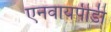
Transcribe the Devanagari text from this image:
एनवायपीडी